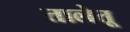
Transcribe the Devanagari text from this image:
तालेतू